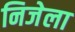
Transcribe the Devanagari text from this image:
निजेला